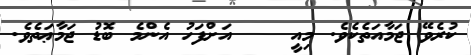
ކުރެވޭ ޖަމާއަތެކެވެ. މިއީ    އަށްފަހު އެންމެ ބޮޑު ޖަމާޢަތެވެ.